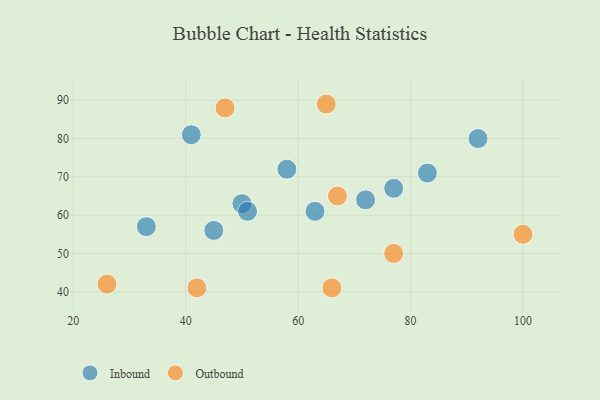
{"axis": {"x": "GDP", "y": "Life Expectancy"}, "legend": ["Inbound", "Outbound"], "data": [{"x": "33", "y": 57, "type": "Inbound"}, {"x": "77", "y": 67, "type": "Inbound"}, {"x": "50", "y": 63, "type": "Inbound"}, {"x": "45", "y": 56, "type": "Inbound"}, {"x": "72", "y": 64, "type": "Inbound"}, {"x": "51", "y": 61, "type": "Inbound"}, {"x": "83", "y": 71, "type": "Inbound"}, {"x": "63", "y": 61, "type": "Inbound"}, {"x": "58", "y": 72, "type": "Inbound"}, {"x": "92", "y": 80, "type": "Inbound"}, {"x": "41", "y": 81, "type": "Inbound"}, {"x": "67", "y": 65, "type": "Outbound"}, {"x": "66", "y": 41, "type": "Outbound"}, {"x": "100", "y": 55, "type": "Outbound"}, {"x": "26", "y": 42, "type": "Outbound"}, {"x": "65", "y": 89, "type": "Outbound"}, {"x": "47", "y": 88, "type": "Outbound"}, {"x": "42", "y": 41, "type": "Outbound"}, {"x": "77", "y": 50, "type": "Outbound"}]}